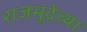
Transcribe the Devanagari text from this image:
राजमुद्रेच्या